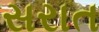
સરાત